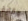
وقاية